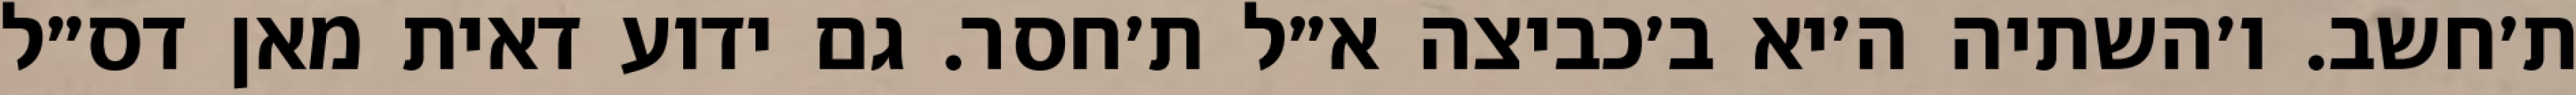
ת׳חשב. ו׳השתיה ה׳יא ב׳כביצה א״ל ת׳חסר. גם ידוע דאית מאן דס״ל